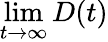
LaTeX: \operatorname*{lim}_{t\rightarrow\infty}D(t)